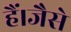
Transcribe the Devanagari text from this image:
हैं।जैसे